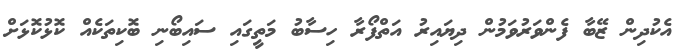
އެކުދިން ޒޭބާ ފެންވަރުވަމުން ދިޔައިރު އަތްފޯރާ ހިސާބު މަތީގައި ސައިބޯނި ބޮކިތަކެއް ކޮޅުކޮޅަށް